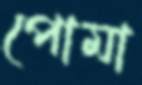
পোমা